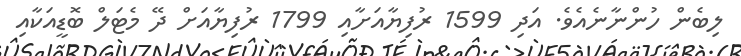
ލިބެން ހުންނާނެއެވެ. އަދި 1599 ރުފިޔާއަށާއި 1799 ރުފިޔާއަށް ދޭ މެޓަލް ބޮޑީއަކާއި